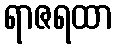
ရာဇရထာ